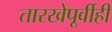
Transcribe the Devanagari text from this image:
तारखेपूर्वीही